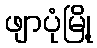
ဖျာပုံမြို့